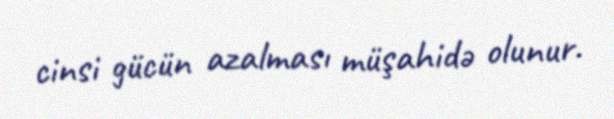
cinsi gücün azalması müşahidə olunur.